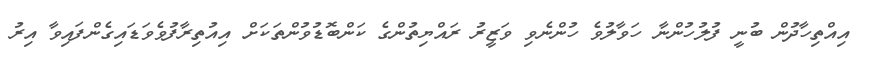
އިއްތިހާދުން ބުނީ ފުލުހުންނާ ހަވާލުވެ ހުންނެވި ވަޒީރު ރައްޔިތުންގެ ކަންބޮޑުވުންތަކަށް އިއުތިރާފުވެވަޑައިގެންފައިވާ އިރު